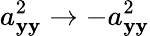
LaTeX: a_{\mathbf{y}\mathbf{y}}^{2}\rightarrow-a_{\mathbf{y}\mathbf{y}}^{2}